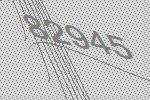
82945